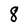
Character: 8